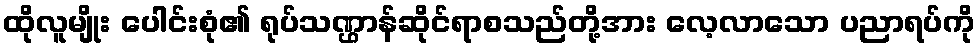
ထိုလူမျိုး ပေါင်းစုံ၏ ရုပ်သဏ္ဌာန်ဆိုင်ရာစသည်တို့အား လေ့လာသော ပညာရပ်ကို